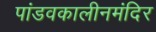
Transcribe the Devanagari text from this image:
पांडवकालीनमंदिर